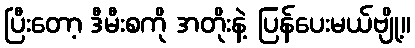
ပြီးတော့ ဒီမီးစကို အတိုးနဲ့ ပြန်ပေးမယ်ဗျို့။